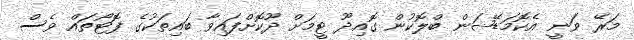
މަރޭ ވަނީ އެކޮމަޑޭޝަން ބްލޮކުން ގޮއިދޫ ޓީމަށް ދޫކޮށްފައިވާ ބައިތަކުގެ ފޮޓޯތައް ވެސް